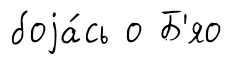
боjа́сь о Б'яо